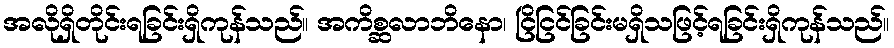
အလိုရှိတိုင်းရခြင်းရှိကုန်သည်။ အကိစ္ဆလာဘိနော၊ ငြိငြင်ခြင်းမရှိသဖြင့်ရခြင်းရှိကုန်သည်။